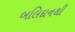
બલિદાનથી